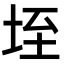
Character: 垤